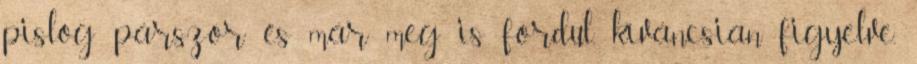
pislog párszor és már meg is fordul, kíváncsian figyelve,